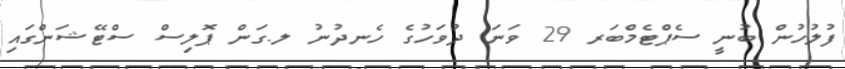
ފުލުހުން ބުނީ ސެޕްޓެމްބަރ 29 ވަނަ ދުވަހުގެ ހެނދުނު ލ.ގަން ޕޮލިސް ސްޓޭޝަންގައި